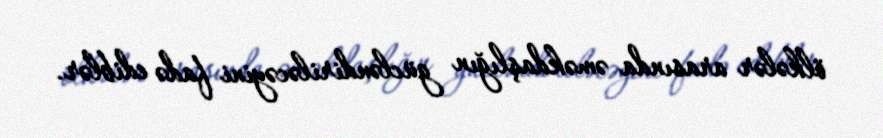
ölkələr arasında əməkdaşlığın gücləndiriləcəyini fadə ediblər.